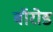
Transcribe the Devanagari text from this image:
बॉरोड